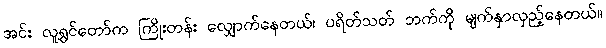
အင်း လူရွှင်တော်က ကြိုးတန်း လျှောက်နေတယ်၊ ပရိတ်သတ် ဘက်ကို မျက်နှာလှည့်နေတယ်။